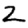
Digit: 2